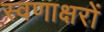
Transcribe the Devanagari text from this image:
स्वणाक्षरों